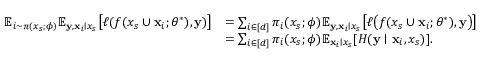
\begin{array} { r l } { \mathbb { E } _ { i \sim \pi ( x _ { s } ; \phi ) } \mathbb { E } _ { { \mathbf { y } } , { \mathbf { x } } _ { i } \mid x _ { s } } \big [ \ell ( f ( x _ { s } \cup { \mathbf { x } } _ { i } ; \theta ^ { * } ) , { \mathbf { y } } ) \big ] } & { = \sum _ { i \in [ d ] } \pi _ { i } ( x _ { s } ; \phi ) \mathbb { E } _ { { \mathbf { y } } , { \mathbf { x } } _ { i } \mid x _ { s } } \big [ \ell \big ( f ( x _ { s } \cup { \mathbf { x } } _ { i } ; \theta ^ { * } ) , { \mathbf { y } } \big ) \big ] } \\ & { = \sum _ { i \in [ d ] } \pi _ { i } ( x _ { s } ; \phi ) \mathbb { E } _ { { \mathbf { x } } _ { i } \mid x _ { s } } [ H ( { \mathbf { y } } \mid { \mathbf { x } } _ { i } , x _ { s } ) ] . } \end{array}